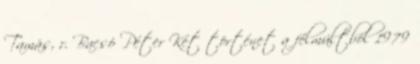
Tamás, r. Bacsó Péter Két történet a félmúltból 1979